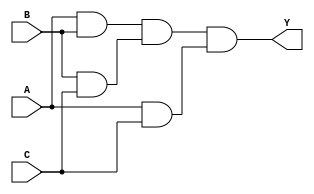
module three_input_and_gate (
    input A,
    input B,
    input C,
    output Y
);

wire gate_1_out, gate_2_out, gate_3_out;

assign gate_1_out = A & B;
assign gate_2_out = B & C;
assign gate_3_out = A & C;

assign Y = gate_1_out & gate_2_out & gate_3_out;

endmodule